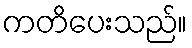
ကတိပေးသည်။